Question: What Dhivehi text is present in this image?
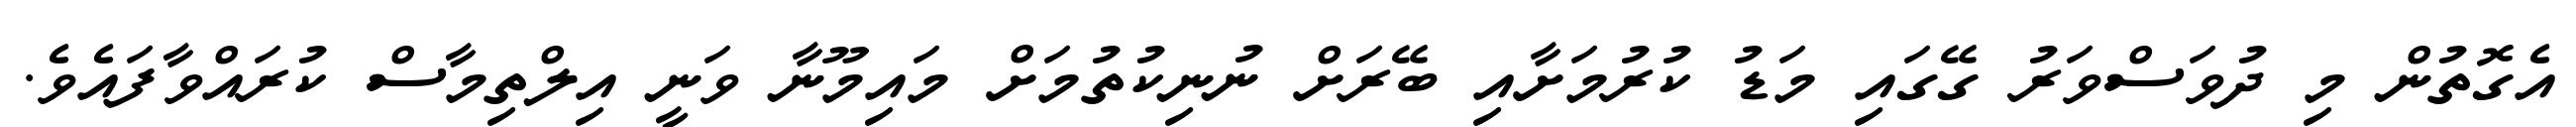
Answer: އެގޮތުން މި ދުވަސްވަރު ގޭގައި މަޑު ކުރުމަށާއި ބޭރަށް ނުނިކުތުމަށް މައިމޫނާ ވަނީ އިލްތިމާސް ކުރައްވާފައެވެ.